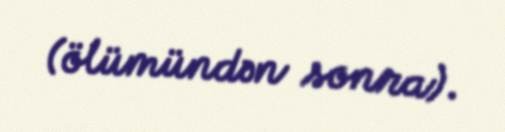
(ölümündən sonra).